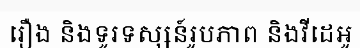
រឿង និងទូរទស្សន៍រូបភាព និងវីដេអូ